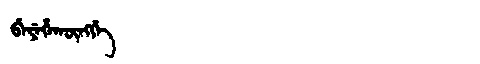
Manchu: ᠪᡝᠶᡝᡥᠠᡴᡡᠩᡤᡝ
Romanization: BEYEHAKŪNGGE